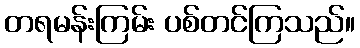
တရမန်းကြမ်း ပစ်တင်ကြသည်။